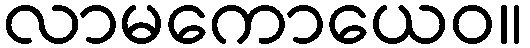
လာမကောယေဝ။